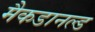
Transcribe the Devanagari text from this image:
मैकडानल्ड